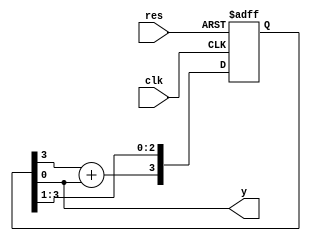
//2022-7-23,
//4

module ts_sjm(clk,res,y);
input	clk;
input	res;
output	y;
reg[3:0]	d;//4
assign		y=d[0];//
always@(posedge clk or negedge res)
if(~res)begin
	d<=4'b1111;
end
else begin
d[2:0]<=d[3:1];//
d[3]<=d[3]+d[0];//2
end



endmodule